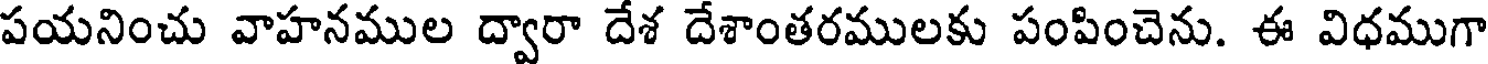
పయనించు వాహనముల ద్వారా దేశ దేశాంతరములకు పంపించెను. ఈ విధముగా